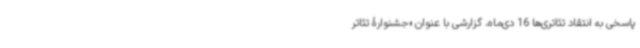
پاسخی به انتقاد تئاتری‌ها 16 دی‌ماه، گزارشی با عنوان «جشنوارۀ تئاتر